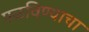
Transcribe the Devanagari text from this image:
पळविण्याचा